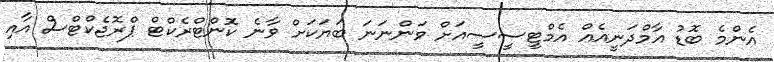
އެންމެ ބޮޑު އާމްދަނީއެއް އެމްޓީސީސީއަށް ވަންނަނަ ބަޔަކަށް ވާނެ ކޮންޓްރެކްޓް ޕްރޮޖެކްޓްސް އާއި